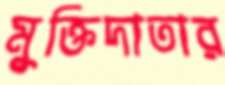
মুক্তিদাতার